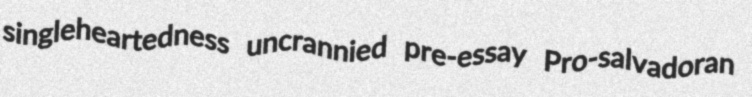
singleheartedness uncrannied pre-essay Pro-salvadoran